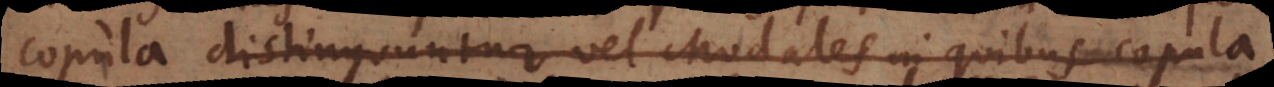
copula, distinguuntur, vel Modales in quibus copula